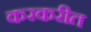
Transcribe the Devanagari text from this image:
करकरीत